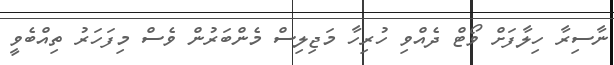
ނާސިރާ ހިލާފަށް ވޯޓް ދެއްވި ހުރިހާ މަޖިލިސް މެންބަރުން ވެސް މިފަހަރު ތިއްބެވީ